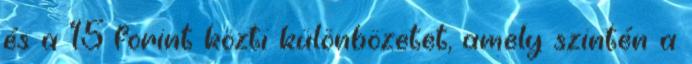
és a 15 forint közti különbözetet, amely szintén a